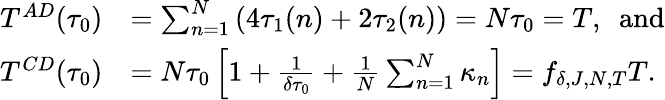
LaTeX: \begin{array}{rl}{T^{AD}(\tau_{0})}&{=\sum_{n=1}^{N}\left(4\tau_{1}(n)+2\tau_{2}(n)\right)=N\tau_{0}=T,~~\mathrm{and}}\\ {T^{CD}(\tau_{0})}&{=N\tau_{0}\left[1+\frac{1}{\delta\tau_{0}}+\frac{1}{N}\sum_{n=1}^{N}\kappa_{n}\right]=f_{\delta,J,N,T}T.}\end{array}